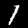
Digit: 1